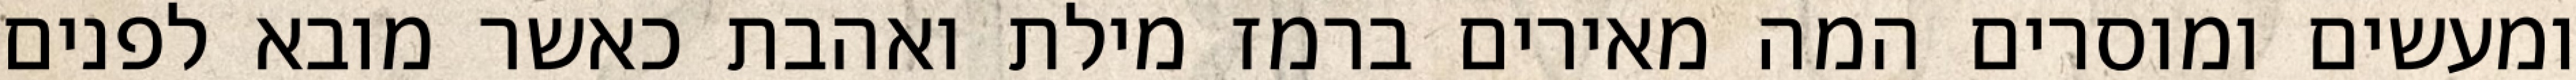
ומעשים ומוסרים המה מאירים ברמז מילת ואהבת כאשר מובא לפנים